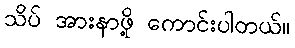
သိပ် အားနာဖို့ ကောင်းပါတယ်။